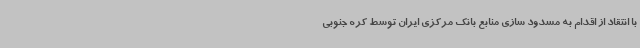
با انتقاد از اقدام به مسدود سازی منابع بانک مرکزی ایران توسط کره جنوبی